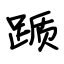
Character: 踬